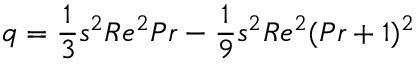
q = \frac { 1 } { 3 } s ^ { 2 } R e ^ { 2 } P r - \frac { 1 } { 9 } s ^ { 2 } R e ^ { 2 } ( P r + 1 ) ^ { 2 }